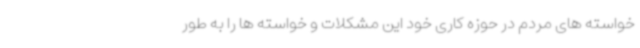
خواسته های مردم در حوزه کاری خود این مشکلات و خواسته ها را به طور